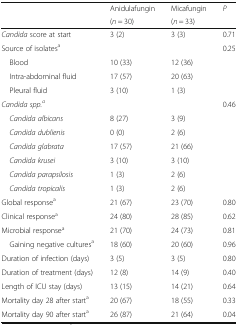
<table><thead><tr><td rowspan="2"></td><td><b>Anidulafungin</b></td><td><b>Micafungin</b></td><td rowspan="2"><b><i>P</i></b></td></tr><tr><td><b>(<i>n</i> = 30)</b></td><td><b>(<i>n</i> = 33)</b></td></tr></thead><tbody><tr><td><i>Candida</i> score at start</td><td>3 (2)</td><td>3 (3)</td><td>0.71</td></tr><tr><td>Source of isolates<sup>a</sup></td><td></td><td></td><td>0.25</td></tr><tr><td> Blood</td><td>10 (33)</td><td>12 (36)</td><td></td></tr><tr><td> Intra-abdominal fluid</td><td>17 (57)</td><td>20 (63)</td><td></td></tr><tr><td> Pleural fluid</td><td>3 (10)</td><td>1 (3)</td><td></td></tr><tr><td><i>Candida spp.</i><sup><i>a</i></sup></td><td></td><td></td><td>0.46</td></tr><tr><td> <i>Candida albicans</i></td><td>8 (27)</td><td>3 (9)</td><td></td></tr><tr><td> <i>Candida dublienis</i></td><td>0 (0)</td><td>2 (6)</td><td></td></tr><tr><td> <i>Candida glabrata</i></td><td>17 (57)</td><td>21 (66)</td><td></td></tr><tr><td> <i>Candida krusei</i></td><td>3 (10)</td><td>3 (10)</td><td></td></tr><tr><td> <i>Candida parapsilosis</i></td><td>1 (3)</td><td>2 (6)</td><td></td></tr><tr><td> <i>Candida tropicalis</i></td><td>1 (3)</td><td>2 (6)</td><td></td></tr><tr><td>Global response<sup>a</sup></td><td>21 (67)</td><td>23 (70)</td><td>0.80</td></tr><tr><td>Clinical response<sup>a</sup></td><td>24 (80)</td><td>28 (85)</td><td>0.62</td></tr><tr><td>Microbial response<sup>a</sup></td><td>21 (70)</td><td>24 (73)</td><td>0.81</td></tr><tr><td> Gaining negative cultures<sup>a</sup></td><td>18 (60)</td><td>20 (60)</td><td>0.96</td></tr><tr><td>Duration of infection (days)</td><td>3 (5)</td><td>3 (5)</td><td>0.80</td></tr><tr><td>Duration of treatment (days)</td><td>12 (8)</td><td>14 (9)</td><td>0.40</td></tr><tr><td>Length of ICU stay (days)</td><td>13 (15)</td><td>14 (21)</td><td>0.64</td></tr><tr><td>Mortality day 28 after start<sup>a</sup></td><td>20 (67)</td><td>18 (55)</td><td>0.33</td></tr><tr><td>Mortality day 90 after start<sup>a</sup></td><td>26 (87)</td><td>21 (64)</td><td>0.04</td></tr></tbody></table>